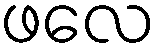
ဖလေ